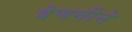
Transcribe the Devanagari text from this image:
देणगीने